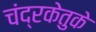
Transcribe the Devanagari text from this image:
चंद्रकेतुके